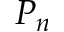
P _ { n }